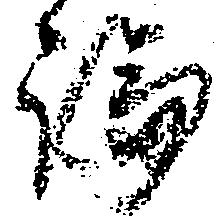
論